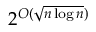
2 ^ { O ( { \sqrt { n \log n } } ) }